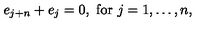
e _ { j + n } + e _ { j } = 0 , \mathrm { \ f o r \ } j = 1 , \ldots , n ,